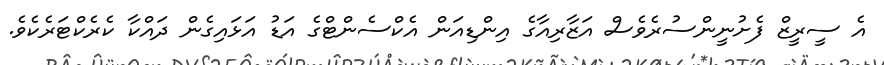
އެ ސީރީޒް ފެށުނީންސުރެވެސް އަޒާރިއާގެ އިންޑިއަން އެކްސެންޓްގެ އަޑު އަޅައިގެން ދައްކާ ކެރެކްޓަރެކެވެ.